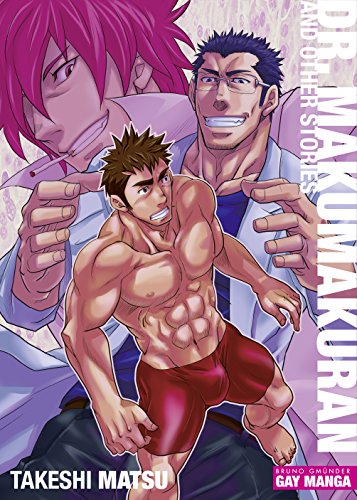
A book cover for Dr. Makumakuran and Other Stories (Gay Manga); Comics & Graphic Novels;